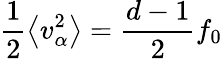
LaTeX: \frac{1}{2}\left\langle v_{\alpha}^{2}\right\rangle=\frac{d-1}{2}f_{0}